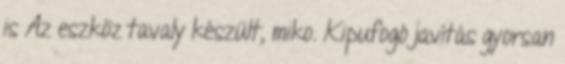
is Az eszköz tavaly készült, miko. Kipufogó javítás gyorsan